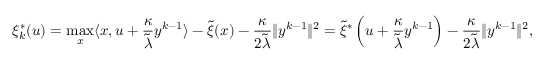
\xi _ { k } ^ { * } ( u ) = \operatorname* { m a x } _ { x } \langle x , u + \frac { \kappa } { { \tilde { \lambda } } } y ^ { k - 1 } \rangle - { \tilde { \xi } } ( x ) - \frac { \kappa } { 2 { \tilde { \lambda } } } \| y ^ { k - 1 } \| ^ { 2 } = { \tilde { \xi } } ^ { * } \left( u + \frac { \kappa } { { \tilde { \lambda } } } y ^ { k - 1 } \right) - \frac { \kappa } { 2 { \tilde { \lambda } } } \| y ^ { k - 1 } \| ^ { 2 } ,